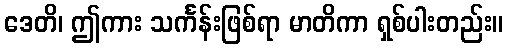
ဒေတိ၊ ဤကား သင်္ကန်းဖြစ်ရာ မာတိကာ ရှစ်ပါးတည်း။